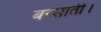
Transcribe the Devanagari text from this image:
बरसाती।